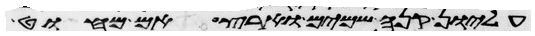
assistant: עליון קנה שמים וארץ אם מחוט